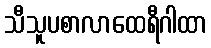
သီသူပစာလာထေရီဂါထာ